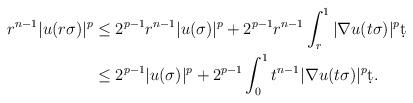
LaTeX: \begin{align*}r^{n-1} |u(r \sigma)|^p &\leq 2^{p-1} r^{n-1}|u(\sigma)|^p + 2^{p-1} r^{n-1} \int_{r}^{1} |\nabla u(t \sigma)|^p \d t\\& \leq 2^{p-1} |u(\sigma)|^p + 2^{p-1} \int_{0}^{1} t^{n-1} |\nabla u(t \sigma)|^p \d t.\end{align*}